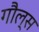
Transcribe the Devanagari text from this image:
गौल्स